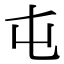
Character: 屯